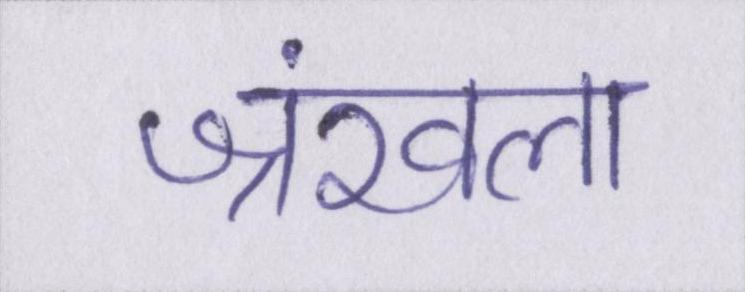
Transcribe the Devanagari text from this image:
श्रंखला